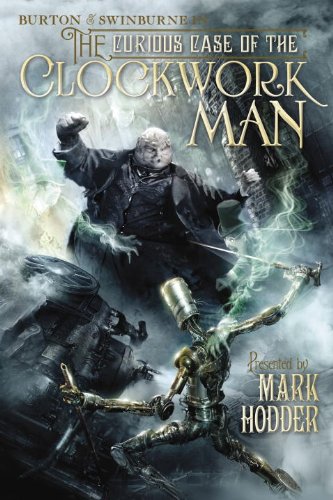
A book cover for The Curious Case of the Clockwork Man (A Burton & Swinburne Adventure); Mark Hodder; Science Fiction & Fantasy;